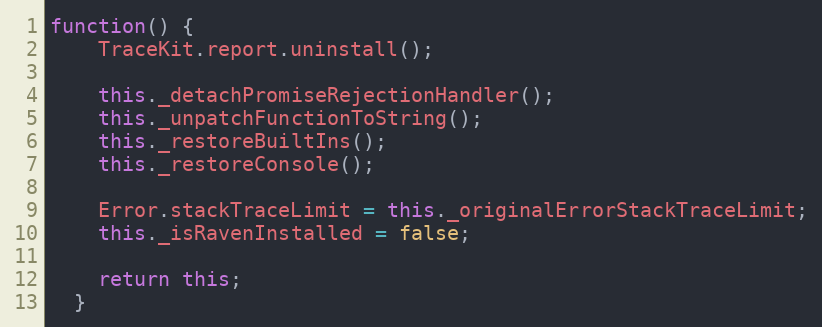
Language: JavaScript
function() {
    TraceKit.report.uninstall();

    this._detachPromiseRejectionHandler();
    this._unpatchFunctionToString();
    this._restoreBuiltIns();
    this._restoreConsole();

    Error.stackTraceLimit = this._originalErrorStackTraceLimit;
    this._isRavenInstalled = false;

    return this;
  }